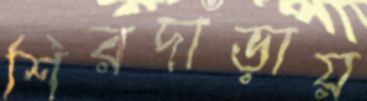
শিরদাঁড়ায়